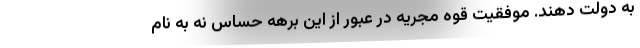
به دولت دهند. موفقیت قوه مجریه در عبور از این برهه حساس نه به نام